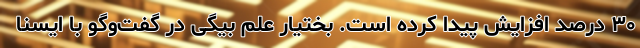
۳۰ درصد افزایش پیدا کرده است. بختیار علم بیگی در گفت‌وگو با ایسنا